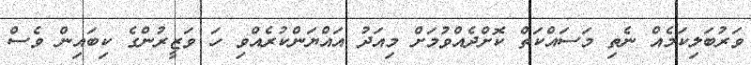
ވަރުބަލިކަމެއް ނެތި މަސައްކަތް ކޮށްދެއްވުމަށް މިއަދު އައްޔަންކުރެއްވި ހަ ވަޒީރުންގެ ކިބައިން ވެސް